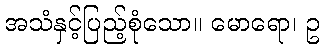
အသံနှင့်ပြည့်စုံသော။ မောရော၊ ဥ